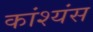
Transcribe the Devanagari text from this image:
कांश्यंस